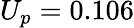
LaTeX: U_{p}=0.106